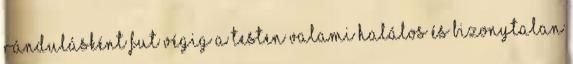
rándulásként fut végig a testen valami halálos és bizonytalan